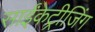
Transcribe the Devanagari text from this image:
साईंकेट्रीजिंग